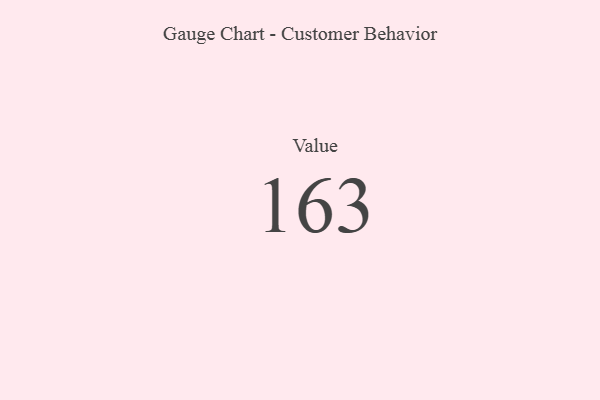
{"axis": {"x": "Metric", "y": "Value"}, "legend": [""], "data": [{"x": "Value", "y": 163, "type": ""}]}